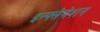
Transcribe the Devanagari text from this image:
इन्फ्लेमेशन